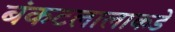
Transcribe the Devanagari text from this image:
बंकटलालाकडे